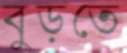
বুড়তে